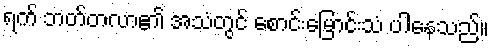
ရက် ဘတ်တလာ၏ အသံတွင် စောင်းမြောင်းသံ ပါနေသည်။